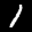
Label: 1